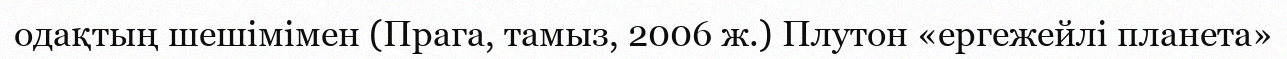
одақтың шешімімен (Прага, тамыз, 2006 ж.) Плутон «ергежейлі планета»